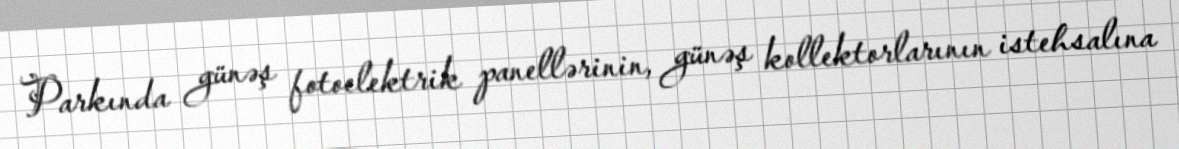
Parkında günəş fotoelektrik panellərinin, günəş kollektorlarının istehsalına